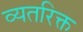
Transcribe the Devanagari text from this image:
व्यतरिक्त